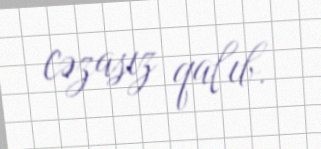
cəzasız qalıb.